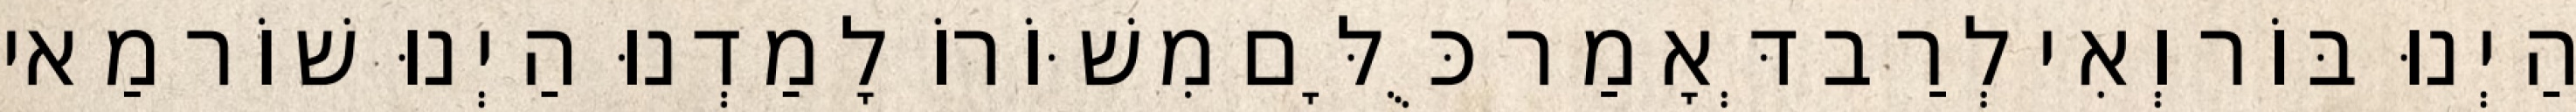
הַיְנוּ בּוֹר וְאִי לְרַב דְּאָמַר כֻּלָּם מִשּׁוֹרוֹ לָמַדְנוּ הַיְנוּ שׁוֹר מַאי